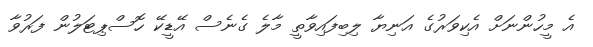
އެ މީހުންނަށް އެކިވަރުގެ އަނިޔާ ލިބިފައިވާތީ މާލެ ގެނެސް އޭޑީކޭ ހޮސްޕިޓަލުން ފަރުވާ